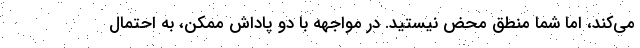
می‌کند، اما شما منطق محض نیستید. در مواجهه با دو پاداش ممکن، به احتمال